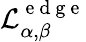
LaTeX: \mathcal{L}_{\alpha,\beta}^{\mathrm{~e~d~g~e~}}